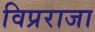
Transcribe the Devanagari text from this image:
विप्रराजा